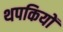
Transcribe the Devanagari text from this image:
थपकियों